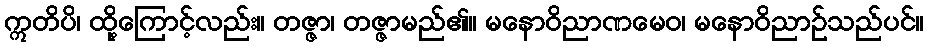
ဣတိပိ၊ ထို့ကြောင့်လည်း။ တဇ္ဇာ၊ တဇ္ဇာမည်၏။ မနောဝိညာဏမေဝ၊ မနောဝိညာဉ်သည်ပင်။